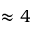
\approx 4